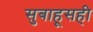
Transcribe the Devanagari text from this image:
सुबाहूसही